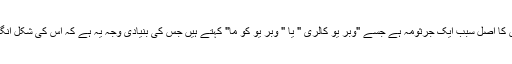
اسلام آباد میڈیکل کالج کے ماہرین طب نے بتایا کہ اس مرض کا اصل سبب ایک جرثومہ ہے جسے "وبر یو کالری " یا " وبر یو کو ما" کہتے ہیں جس کی بنیادی وجہ یہ ہے کہ اس کی شکل انگریزی میںڈالے جانے والے " کوما" سے ملتی جلتی ہوتی ہے۔